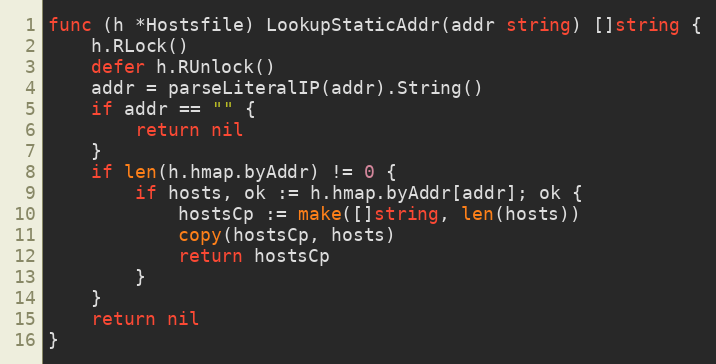
Language: Go
func (h *Hostsfile) LookupStaticAddr(addr string) []string {
	h.RLock()
	defer h.RUnlock()
	addr = parseLiteralIP(addr).String()
	if addr == "" {
		return nil
	}
	if len(h.hmap.byAddr) != 0 {
		if hosts, ok := h.hmap.byAddr[addr]; ok {
			hostsCp := make([]string, len(hosts))
			copy(hostsCp, hosts)
			return hostsCp
		}
	}
	return nil
}